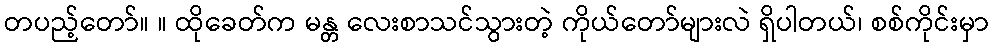
တပည့်တော်။ ။ ထိုခေတ်က မန္တ လေးစာသင်သွားတဲ့ ကိုယ်တော်များလဲ ရှိပါတယ်၊ စစ်ကိုင်းမှာ